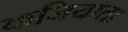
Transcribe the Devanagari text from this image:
कजियाता